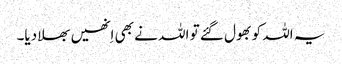
یہ اللہ کو بھول گئے تو اللہ نے بھی اِنھیں بھلا دیا۔